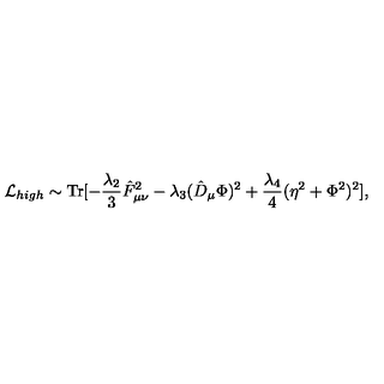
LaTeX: { \cal L } _ { h i g h } \sim \mathrm { T r } [ - \frac { \lambda _ { 2 } } { 3 } \hat { F } _ { \mu \nu } ^ { 2 } - \lambda _ { 3 } ( \hat { D } _ { \mu } \Phi ) ^ { 2 } + \frac { \lambda _ { 4 } } { 4 } ( \eta ^ { 2 } + \Phi ^ { 2 } ) ^ { 2 } ] ,